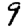
Digit: 9